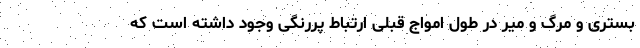
بستری و مرگ و میر در طول امواج قبلی ارتباط پررنگی وجود داشته است که